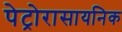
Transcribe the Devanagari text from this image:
पेट्रोरासायनिक